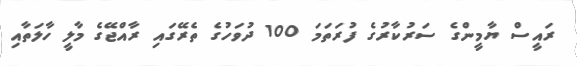
ރައީސް ޔާމީންގެ ސަރުކާރުގެ ފުރަތަމަ 100 ދުވަހުގެ ތެރޭގައި ރާއްޖޭގެ މާލީ ހާލަތާއި